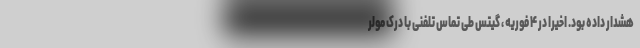
هشدار داده بود. اخیراً در ۴ فوریه ، گیتس طی تماس تلفنی با درک مولر